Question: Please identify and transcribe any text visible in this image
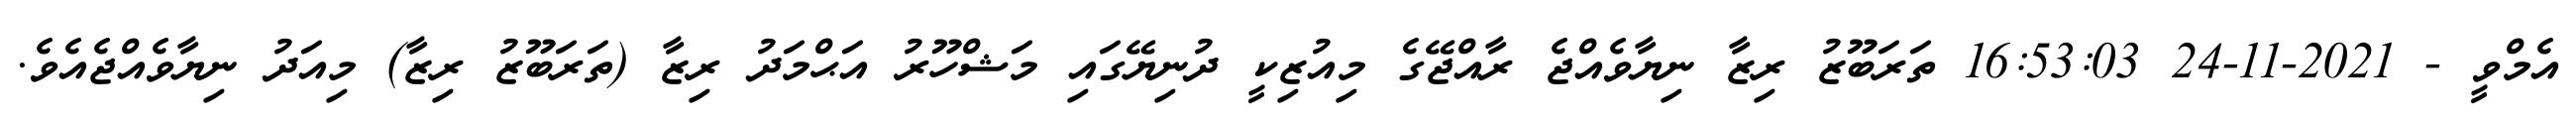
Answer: އެމްވީ - 2021-11-24 16:53:03 ތަރަބޫޒު ރިޒާ ނިޔާވެއްޖެ ރާއްޖޭގެ މިއުޒިކީ ދުނިޔޭގައި މަޝްހޫރު އަޙްމަދު ރިޒާ (ތަރަބޫޒު ރިޒާ) މިއަދު ނިޔާވެއްޖެއެވެ.